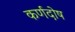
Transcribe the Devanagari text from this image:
कर्णदोष